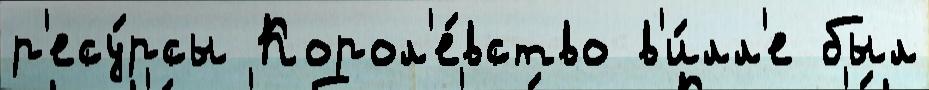
р'есу́рсы Корол'е́вство в'и́лл'е был